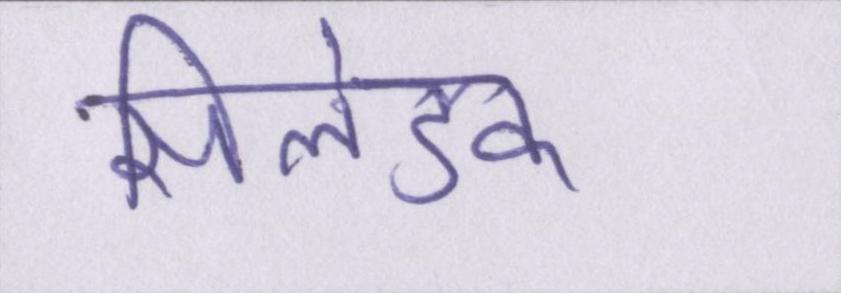
सिलेंडर